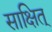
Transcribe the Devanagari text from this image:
साक्षित्‌